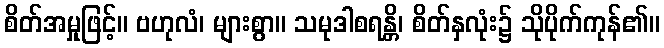
စိတ်အမှုဖြင့်။ ဗဟုလံ၊ များစွာ။ သမုဒါစရန္တိ၊ စိတ်နှလုံး၌ သိုပိုက်ကုန်၏။